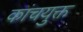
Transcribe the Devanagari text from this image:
कांचयुक्त